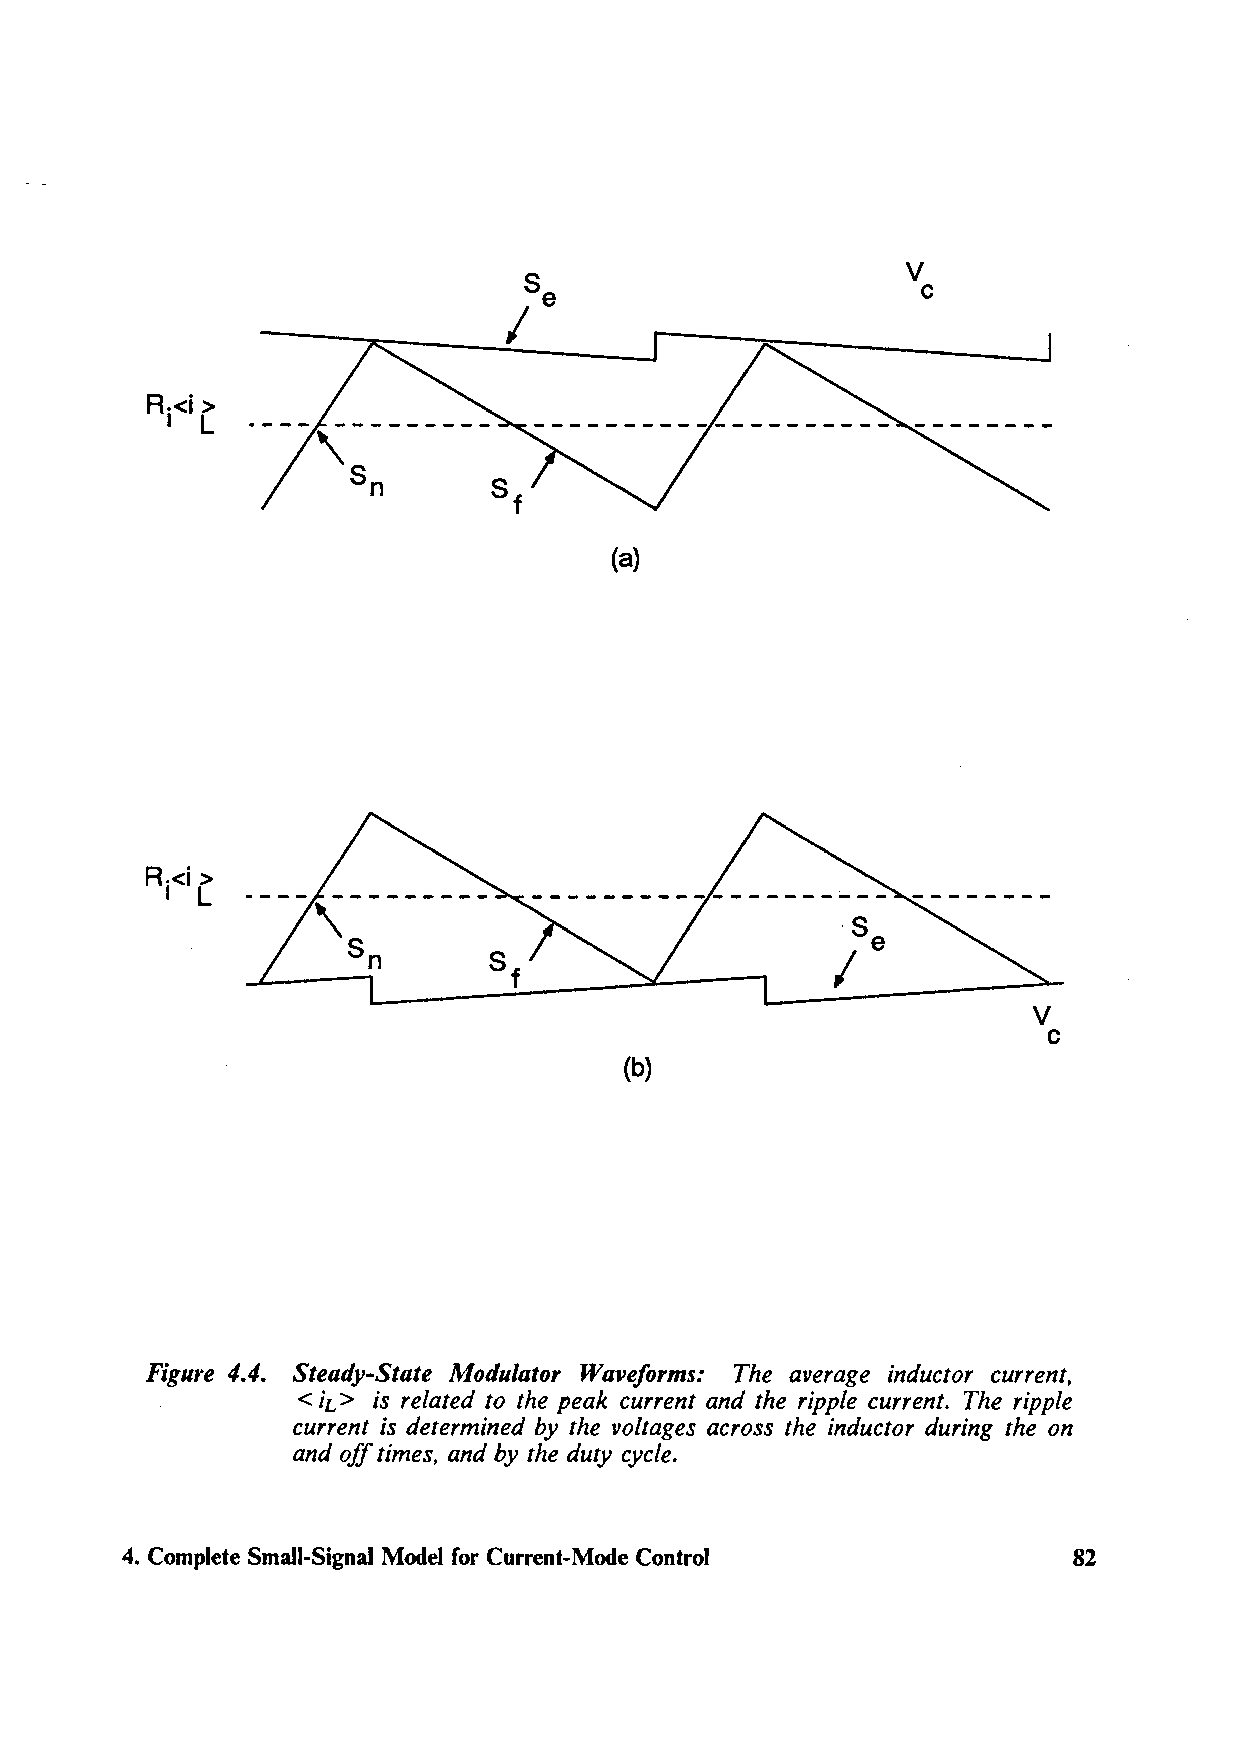
V
 C
 (a)
 R-<i >
 I L
 V
 C
 (b)
 Figure 4.4. Steady-State Modulator Waveforms: The average inductor current,
 < iL> is related to the peak current and the ripple current. The ripple
 current is determined by the voltages across the inductor during the on
 and off times, and by the duty cycle.
 4. Complete Small-Signal Model for Current-Mode Control        82